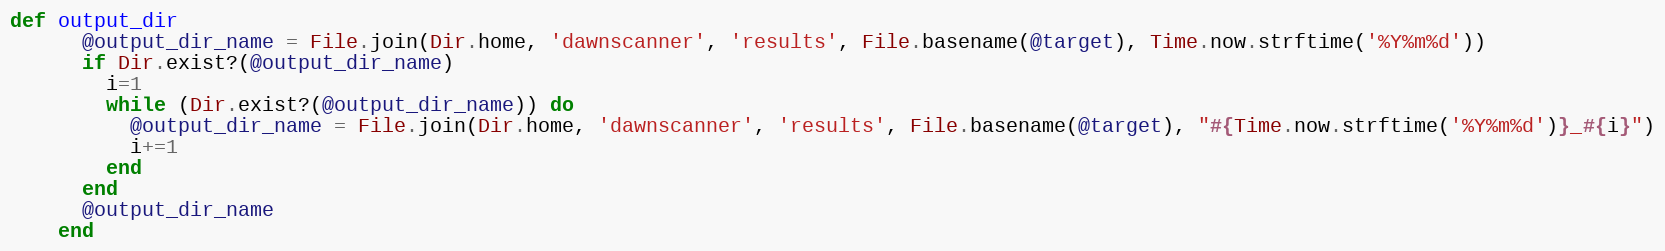
Language: Ruby
def output_dir
      @output_dir_name = File.join(Dir.home, 'dawnscanner', 'results', File.basename(@target), Time.now.strftime('%Y%m%d'))
      if Dir.exist?(@output_dir_name)
        i=1
        while (Dir.exist?(@output_dir_name)) do
          @output_dir_name = File.join(Dir.home, 'dawnscanner', 'results', File.basename(@target), "#{Time.now.strftime('%Y%m%d')}_#{i}")
          i+=1
        end
      end
      @output_dir_name
    end